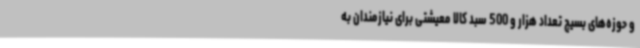
و حوزه‌های بسیج تعداد هزار و 500 سبد کالا معیشتی برای نیازمندان به